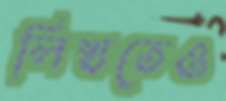
লিখতেও